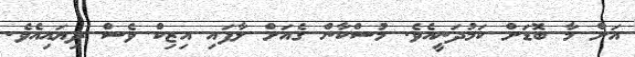
އަށް މާ ބޮޑަށް ކަމުދަނީއެވެ. މުސްކާން ގެއަށް ލާފައި އިޒިކް ވެސް ދިޔައިއެވެ.